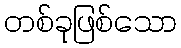
တစ်ခုဖြစ်သော